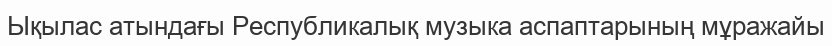
Ықылас атындағы Республикалық музыка аспаптарының мұражайы